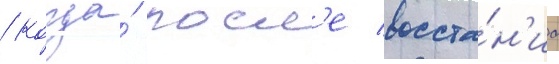
/ когда́ посл'е восста́н'иа